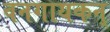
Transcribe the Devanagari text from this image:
वनगायकन्